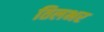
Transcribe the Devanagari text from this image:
तिलभर